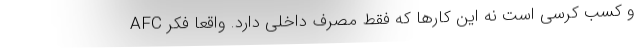
AFC و کسب کُرسی است نه این کارها که فقط مصرف داخلی دارد. واقعاً فکر